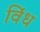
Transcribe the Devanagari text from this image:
विंध